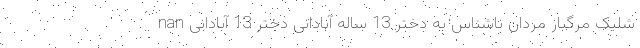
nan شلیک مرگبار مردان ناشناس به دختر 13 ساله آبادانی دختر 13 آبادانی